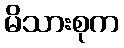
မိသားစုက